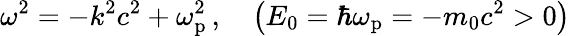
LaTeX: \omega^{2}=-k^{2}c^{2}+\omega_{\mathrm{p}}^{2}\, ,\quad\left(E_{0}=\hbar\omega_{\mathrm{p}}=-m_{0}c^{2}>0\right)